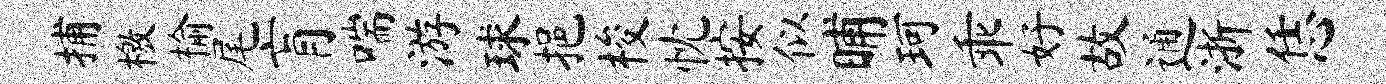
捕檄榆尾肓喘游球挹梭忱按似晡珂乖好故通浙恁